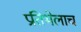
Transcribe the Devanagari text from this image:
प्रतिभेलाच